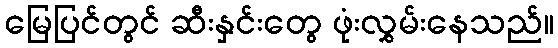
မြေပြင်တွင် ဆီးနှင်းတွေ ဖုံးလွှမ်းနေသည်။